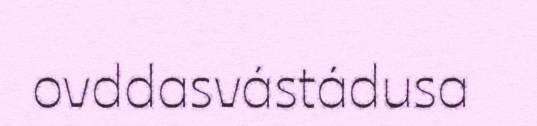
ovddasvástádusa